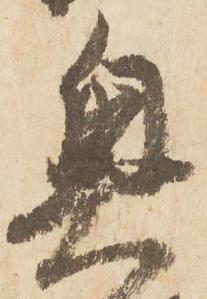
奥